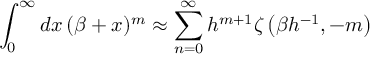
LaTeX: \int _ { 0 } ^ { \infty } d x \, ( \beta + x ) ^ { m } \approx \sum _ { n = 0 } ^ { \infty } h ^ { m + 1 } \zeta \left( \beta h ^ { - 1 } , - m \right)